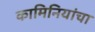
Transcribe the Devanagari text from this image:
कामिनियांचा